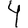
Digit: 4